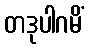
တဒုပါဂမိံ